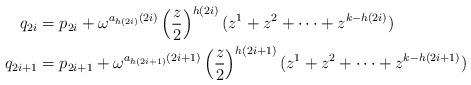
LaTeX: \begin{align*}q_{2i} &= p_{2i}+\omega^{a_{h(2i)}(2i)}\left(\frac{z}{2}\right)^{h(2i)}(z^1+z^2+\dots+z^{k-h(2i)})\\q_{2i+1} &= p_{2i+1}+\omega^{a_{h(2i+1)}(2i+1)}\left(\frac{z}{2}\right)^{h(2i+1)}(z^1+z^2+\dots+z^{k-h(2i+1)})\end{align*}